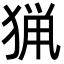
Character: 猟